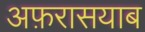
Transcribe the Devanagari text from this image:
अफ़रासयाब